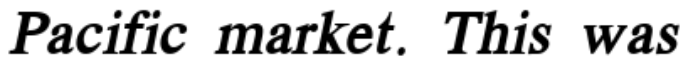
Pacific market. This was